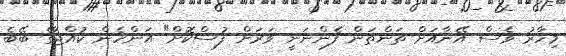
މިހާރު ވެސް އޭނާއަށް ތަންތަން ފެންނަނީ ވަރަށް ފުސްކޮށް" އަންހެން ކުއްޖާގެ ބޭބެ